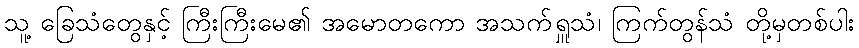
သူ့ ခြေသံတွေနှင့် ကြီးကြီးမေ၏ အမောတကော အသက်ရှူသံ၊ ကြက်တွန်သံ တို့မှတစ်ပါး